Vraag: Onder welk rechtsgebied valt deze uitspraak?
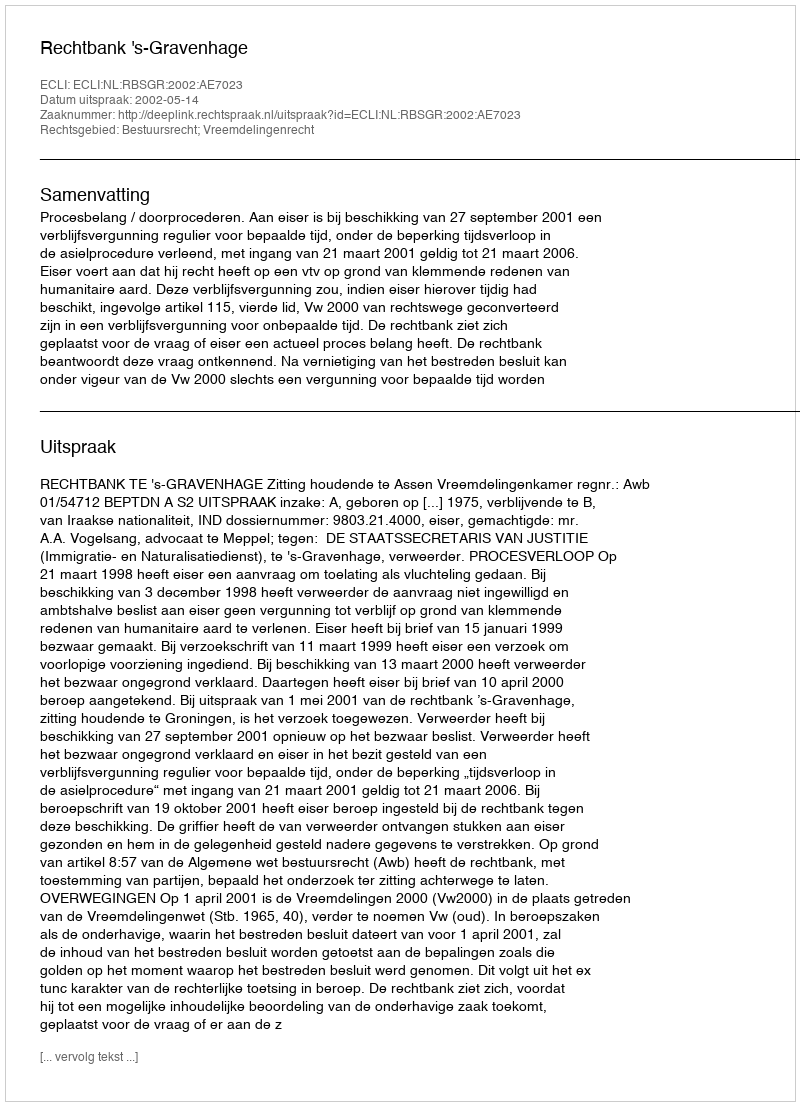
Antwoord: Bestuursrecht; Vreemdelingenrecht